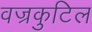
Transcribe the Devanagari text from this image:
वज्रकुटिल